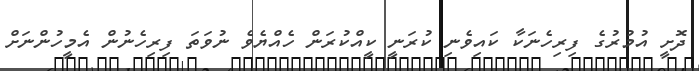
ދޮށީ އުމުރުގެ ފިރިހެނަކާ ކައިވެނި ކުރަނީ ކީއްކުރަން ހެއްޔެވެ ނުވަތަ ފިރިހެނުން އެމީހުންނަށް